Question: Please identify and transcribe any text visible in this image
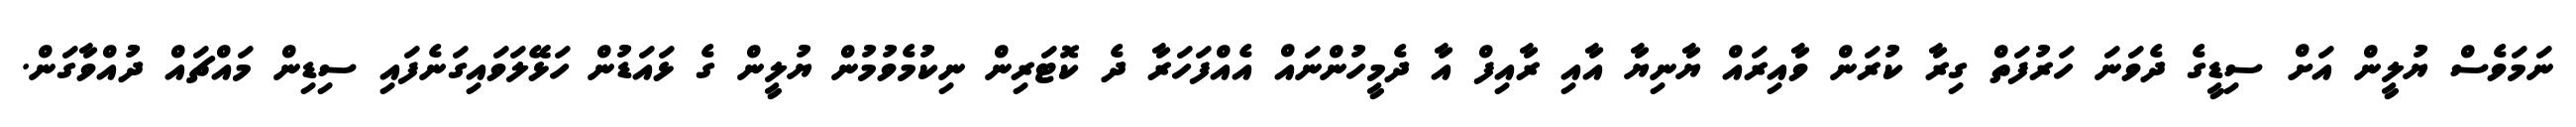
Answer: ނަމަވެސް ޔުލީން އަށް ސިޑީގެ ދެވަނަ ހަރުފަތް ގިރާ ކުރަން ވާއިރައް ޔާނިޔާ އާއި ރާއިފް އާ ދެމީހުންނައް އެއްފަހަރާ ދެ ކޮޓަރިން ނިކުމެވުމުން ޔުލީން ގެ ޅައަޑުން ހަޅޭލަވައިގަނެފައި ސިޑިން މައްޗައް ދުއްވާގަން.